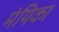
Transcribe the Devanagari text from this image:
मंयिका